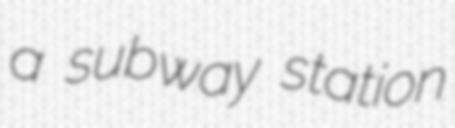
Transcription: a subway station